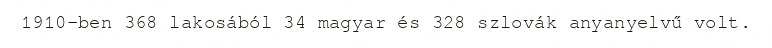
1910-ben 368 lakosából 34 magyar és 328 szlovák anyanyelvű volt.